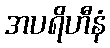
အပရိဟီနံ